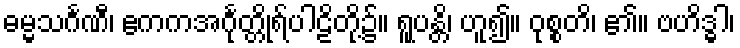
ဓမ္မသင်္ဂဏီ၊ ဧကကအင်္ဂုတ္တိုရ်ပါဠိတို့၌။ ရူပန္တိ၊ ဟူ၍။ ဝုစ္စတိ၊ ၏။ ဗဟိဒ္ဓါ၊